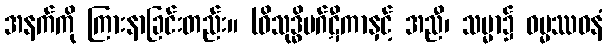
အနက်ကို ကြားနာခြင်းတည်း။ (ဝိသုဒ္ဓိမဂ်ဋီကာနှင့် အညီ၊ သမ္မာ၌ ဓမ္မဿဝနံ